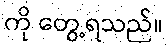
ကို တွေ့ရသည်။